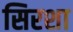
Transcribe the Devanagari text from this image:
सिरशा